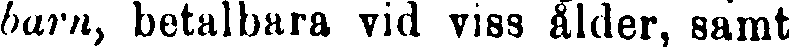
bartiy betalbara vid viss ålder, samt